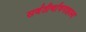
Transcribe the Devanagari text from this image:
सर्वतीर्थावगाहस्य